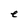
Character: e